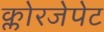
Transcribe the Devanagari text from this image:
क्लोरजेपेट